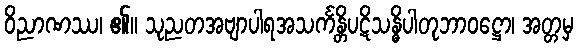
ဝိညာဏဿ၊ ၏။ သုညတအဗျာပါရအသင်္ကန္တိပဋိသန္ဓိပါတုဘာဝဋ္ဌော၊ အတ္တမှ